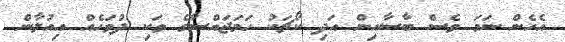
އެހެން ނަމަ ވެސް ބާސާއިން އަދި ކޯޗަކު ހަމަޖައްސާގެ ވަކި ދުވަހެއް އިއުލާން